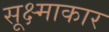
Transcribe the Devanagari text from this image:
सूक्ष्माकार